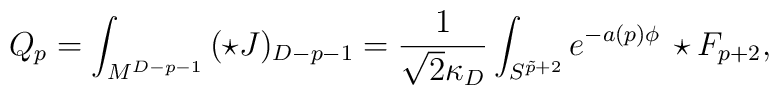
Q_p=\int_{M^{D-p-1}}\,(\star J)_{D-p-1}={1\over{\sqrt{2}\kappa_D}}\int_{S^{\tilde{p}+2}}e^{-a(p)\phi}\,\star F_{p+2},